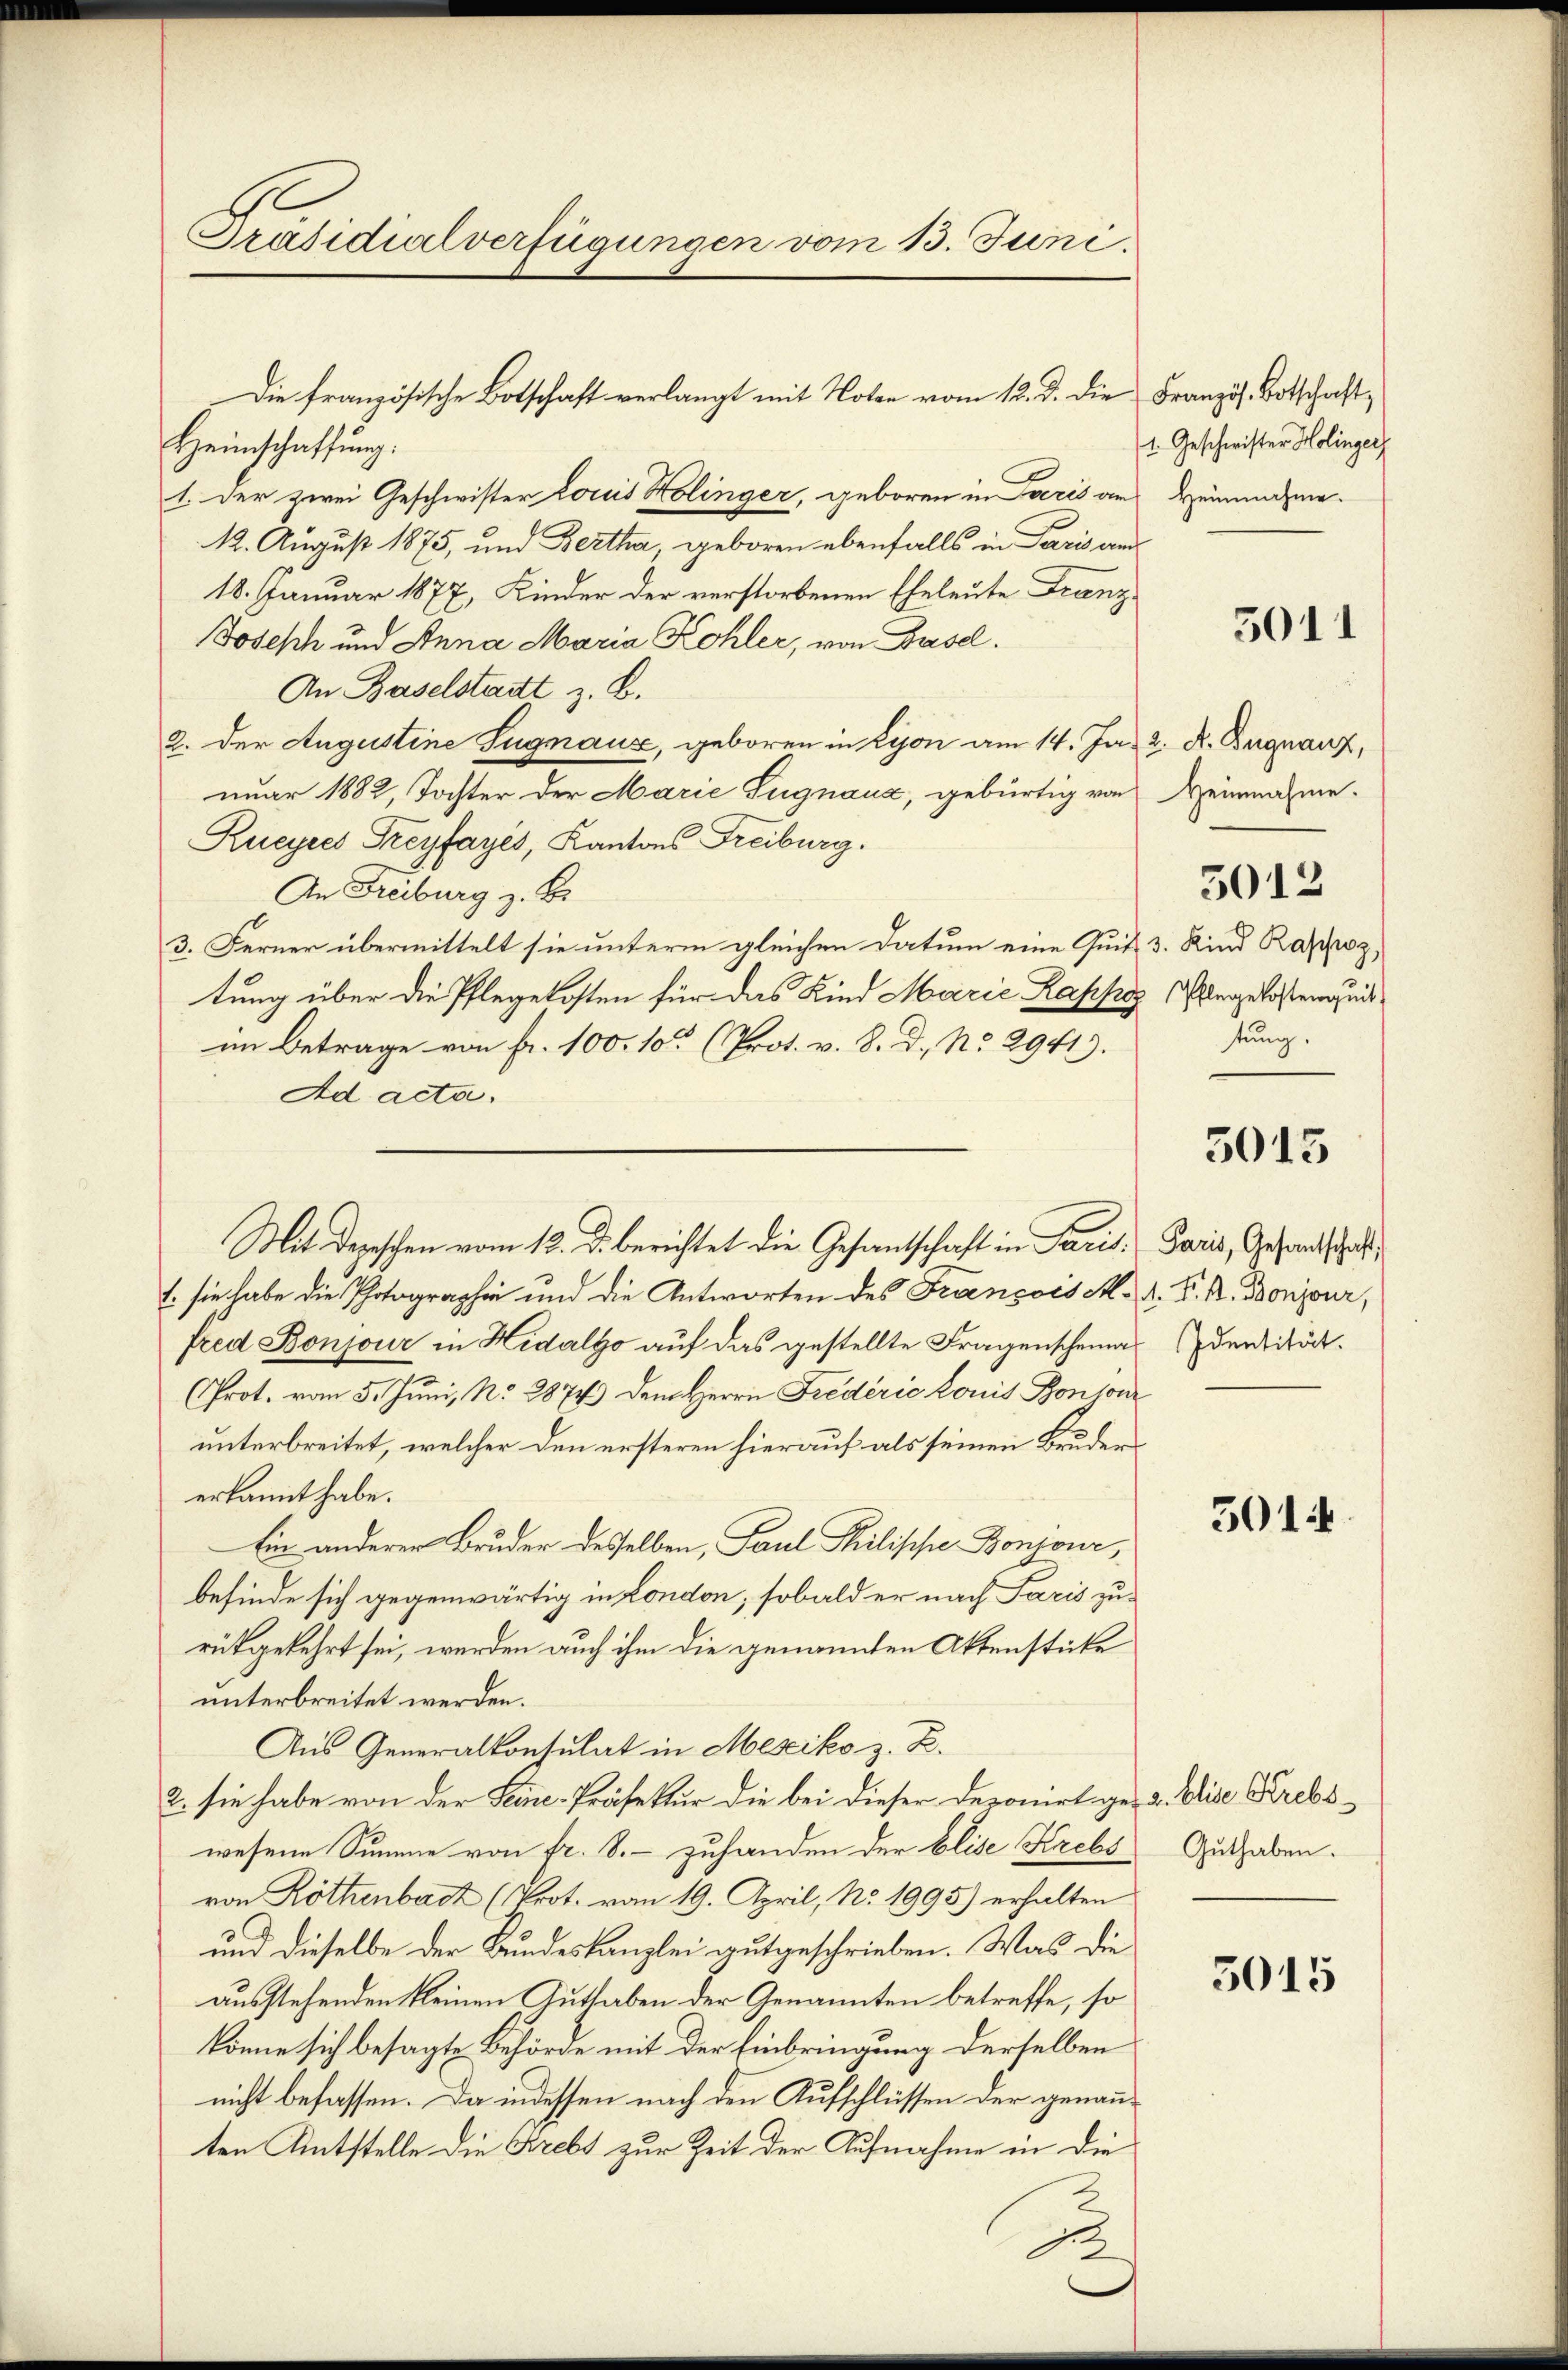
Präsidialverfügungen vom 15. Juni.

Die französische Botschaft verlangt mit Noten vom 12. d. die
Heimschaffung:
1. Der zwei Geschwister Louis Holinger, geboren in Zoeris an
12. August 1875, und Bertha, geboren ebenfalls in Paris and
18. Januar 1877, Kinder der verstorbenen Eheleute Franz
Joseph und Anna Maria Kohler, von Basel.
An Baselstadt z. B.
2. der Augustine Sugnaus, geboren in Lyon am 14. Ja. 2. K. Begnanz,
nuar 1882, Tochter der Marie Signaux, gebürtig von Heinnahme-
Rueyres Freyfayés, Kantons Freiburg.
An Freiburg z. B.
3. Ferner übermittelt sie unterm gleichen Datum eine Quits 3. Kind Raspioz,
tung über die Pflegekosten für das Kind Marie Kappe angelosten ei
im Betrage von Fr. 100. 10 (Prot. v. 8. d. No 2941).
Ad acta.
1. sie habe die Photographie und die Antworten des François M. R. P. R. Konjour,
fred Bonjour in Hidalso auf das gestellte Fragenscheinandentität.
(Prot. vom 5. Juni, No. 2874) dem Herrn Fredério Louis Bontour
unterbreitet, welcher den ersteren hierauf als seinen Brudererkannt habe.
Ein anderer Bruder desselben, Paul Philische Bontour,
befinde sich gegenwärtig in London; sobald er nach Paris zurükgekehrt sei, werden auch ihm die genannten Aktenstücke
unterbreitet werden.
Aus Generalkonsulat in Mesiko z. B.
2. sie habe von der Seine-Präfektur die bei dieser Deponirt ge- u. Elise Krebswesene Summe von fr. 8. - zuhanden der Elise Krebs
von Köthenbach (Prot. vom 19. April, No. 1995) erhalten
und dieselbe der Bundeskanzlei gutgeschrieben. Was die
ausstehenden kleinen Guthaben der Genannten betreffe, so
könne sich besagte Behörde mit der Einbringung derselben
nicht befassen. Da indessen nach den Aufschlüssen der genannten Antstelle die Krebs zur Zeit der Aufnahme in die

Mit Depeschen vom 12. d. berichtet die Gesandtschaft in Paris. Paris, Gesandtschaft

I.

Französ. Botschaft,
1. Geschwister Holinger
Heinnahme.

5011

tung.

5012

3015

5014.

Guthaben.

5015